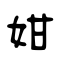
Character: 姏